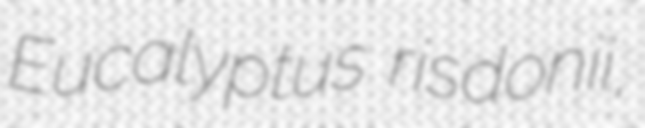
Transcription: Eucalyptus risdonii,